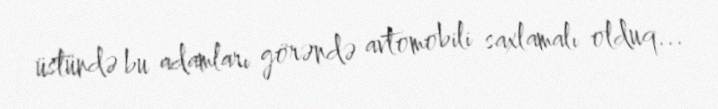
üstündə bu adamları görəndə avtomobili saxlamalı olduq...